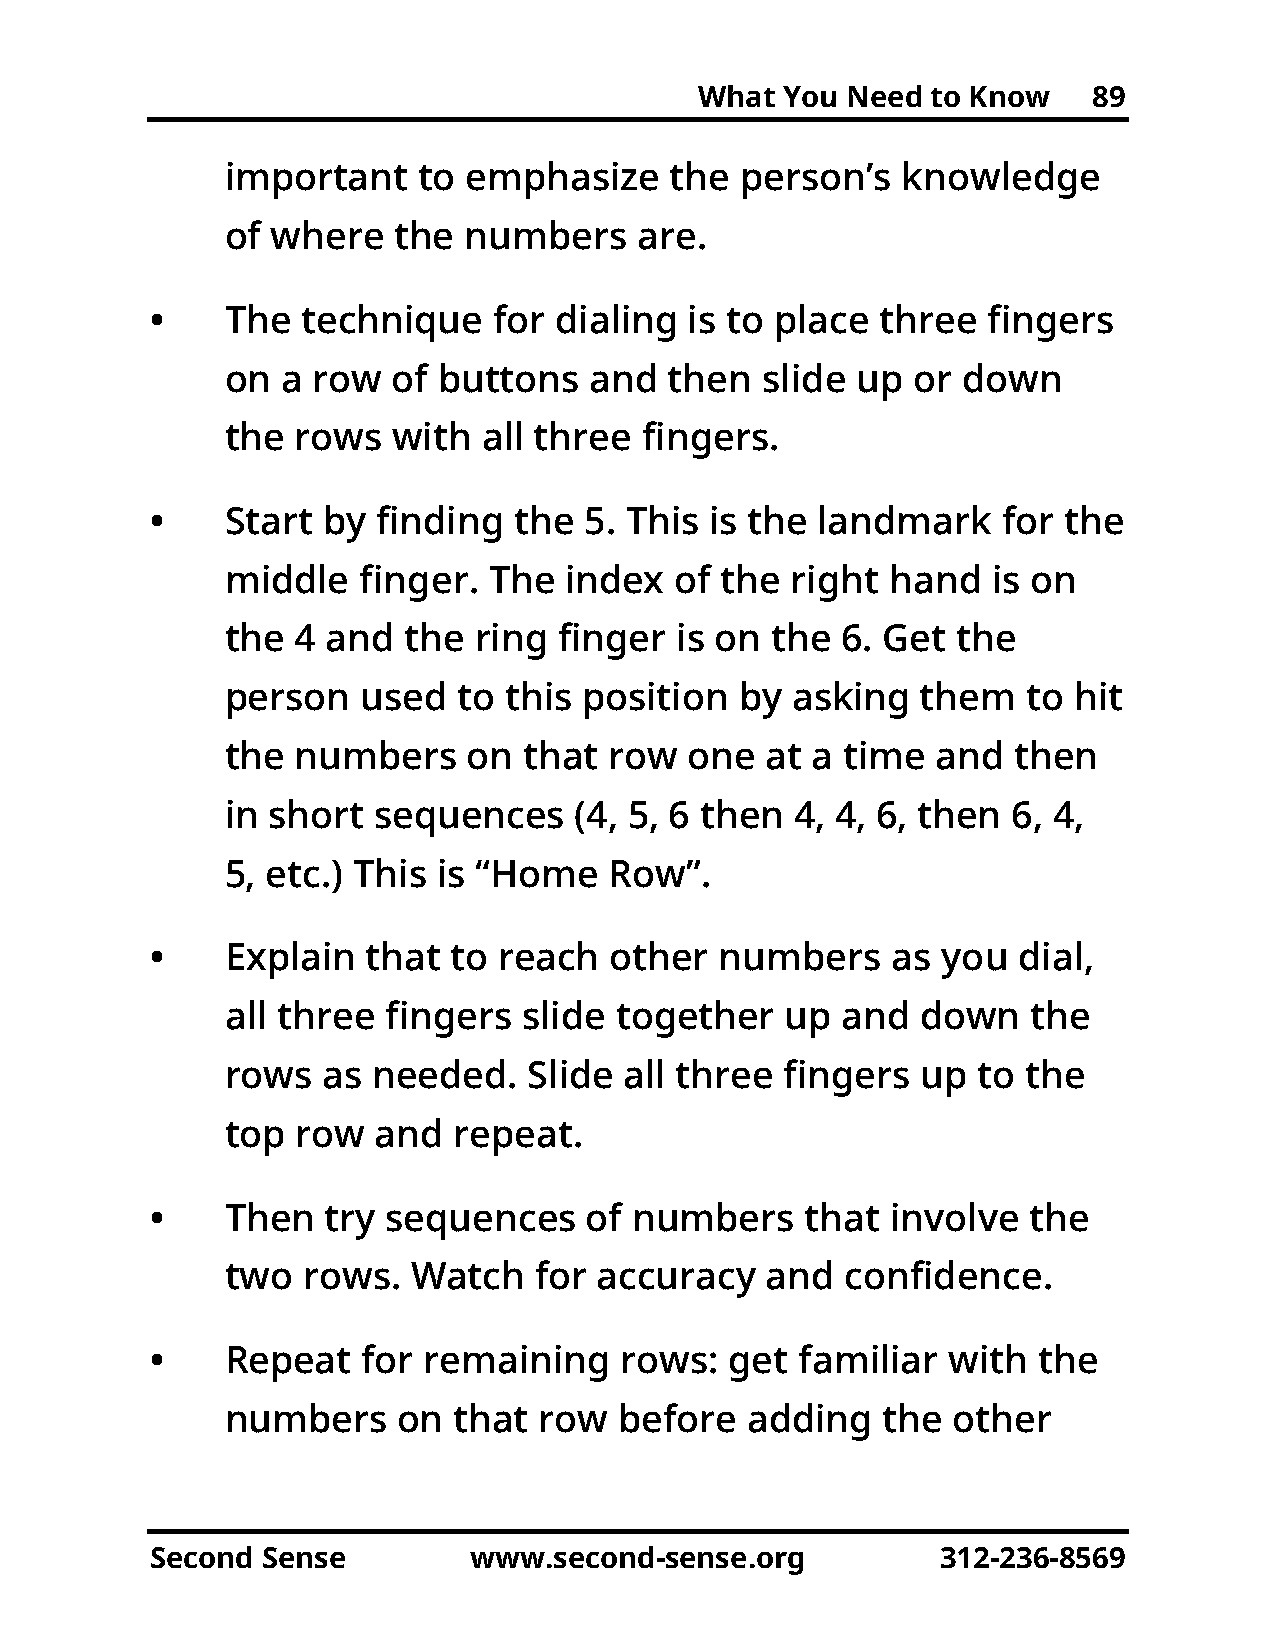
What  You Need  to Know   89
 important    to emphasize    the  person’s   knowledge
 of where   the  numbers    are.
 •    The  technique    for dialing  is to place three  fingers
 on  a row  of buttons   and  then  slide  up or  down
 the  rows  with  all three  fingers.
 •    Start by  finding  the  5. This is the landmark    for the
 middle   finger. The  index   of the right  hand   is on
 the  4 and  the ring  finger  is on the  6. Get the
 person   used  to this  position  by asking   them   to hit
 the  numbers    on  that row   one  at a time  and  then
 in short  sequences    (4, 5, 6 then  4, 4, 6, then 6, 4,
 5, etc.) This is “Home   Row”.
 •    Explain  that  to reach  other   numbers    as you  dial,
 all three fingers   slide together   up  and  down   the
 rows  as  needed.   Slide all three  fingers  up  to the
 top  row  and  repeat.
 •    Then   try sequences    of numbers    that  involve  the
 two  rows.  Watch   for  accuracy   and  confidence.
 •    Repeat   for remaining    rows:  get  familiar  with  the
 numbers    on  that  row  before  adding   the  other
 Second Sense         www.second-sense.org           312-236-8569